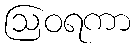
ဩဝရကာ